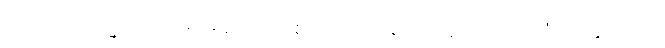
ကုသလကမ္မပထတရားဆယ်ပါးစသော တရားအစုတို့၌။ ဧကံ၊ တခုသော။